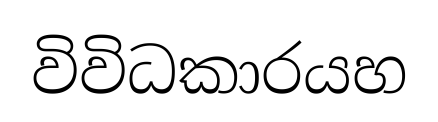
විවිධකාරයහ